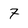
Character: 7